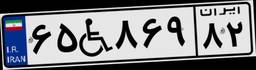
۶۵W۸۶۹۸۲